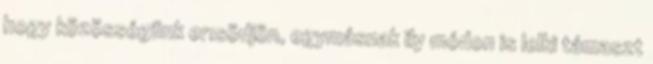
hogy közösségünk erısödjön, egymásnak ily módon is lelki támaszt